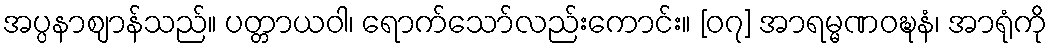
အပ္ပနာဈာန်သည်။ ပတ္တာယဝါ၊ ရောက်သော်လည်းကောင်း။ [၀၇] အာရမ္မဏဝဍ္ဎနံ၊ အာရုံကို